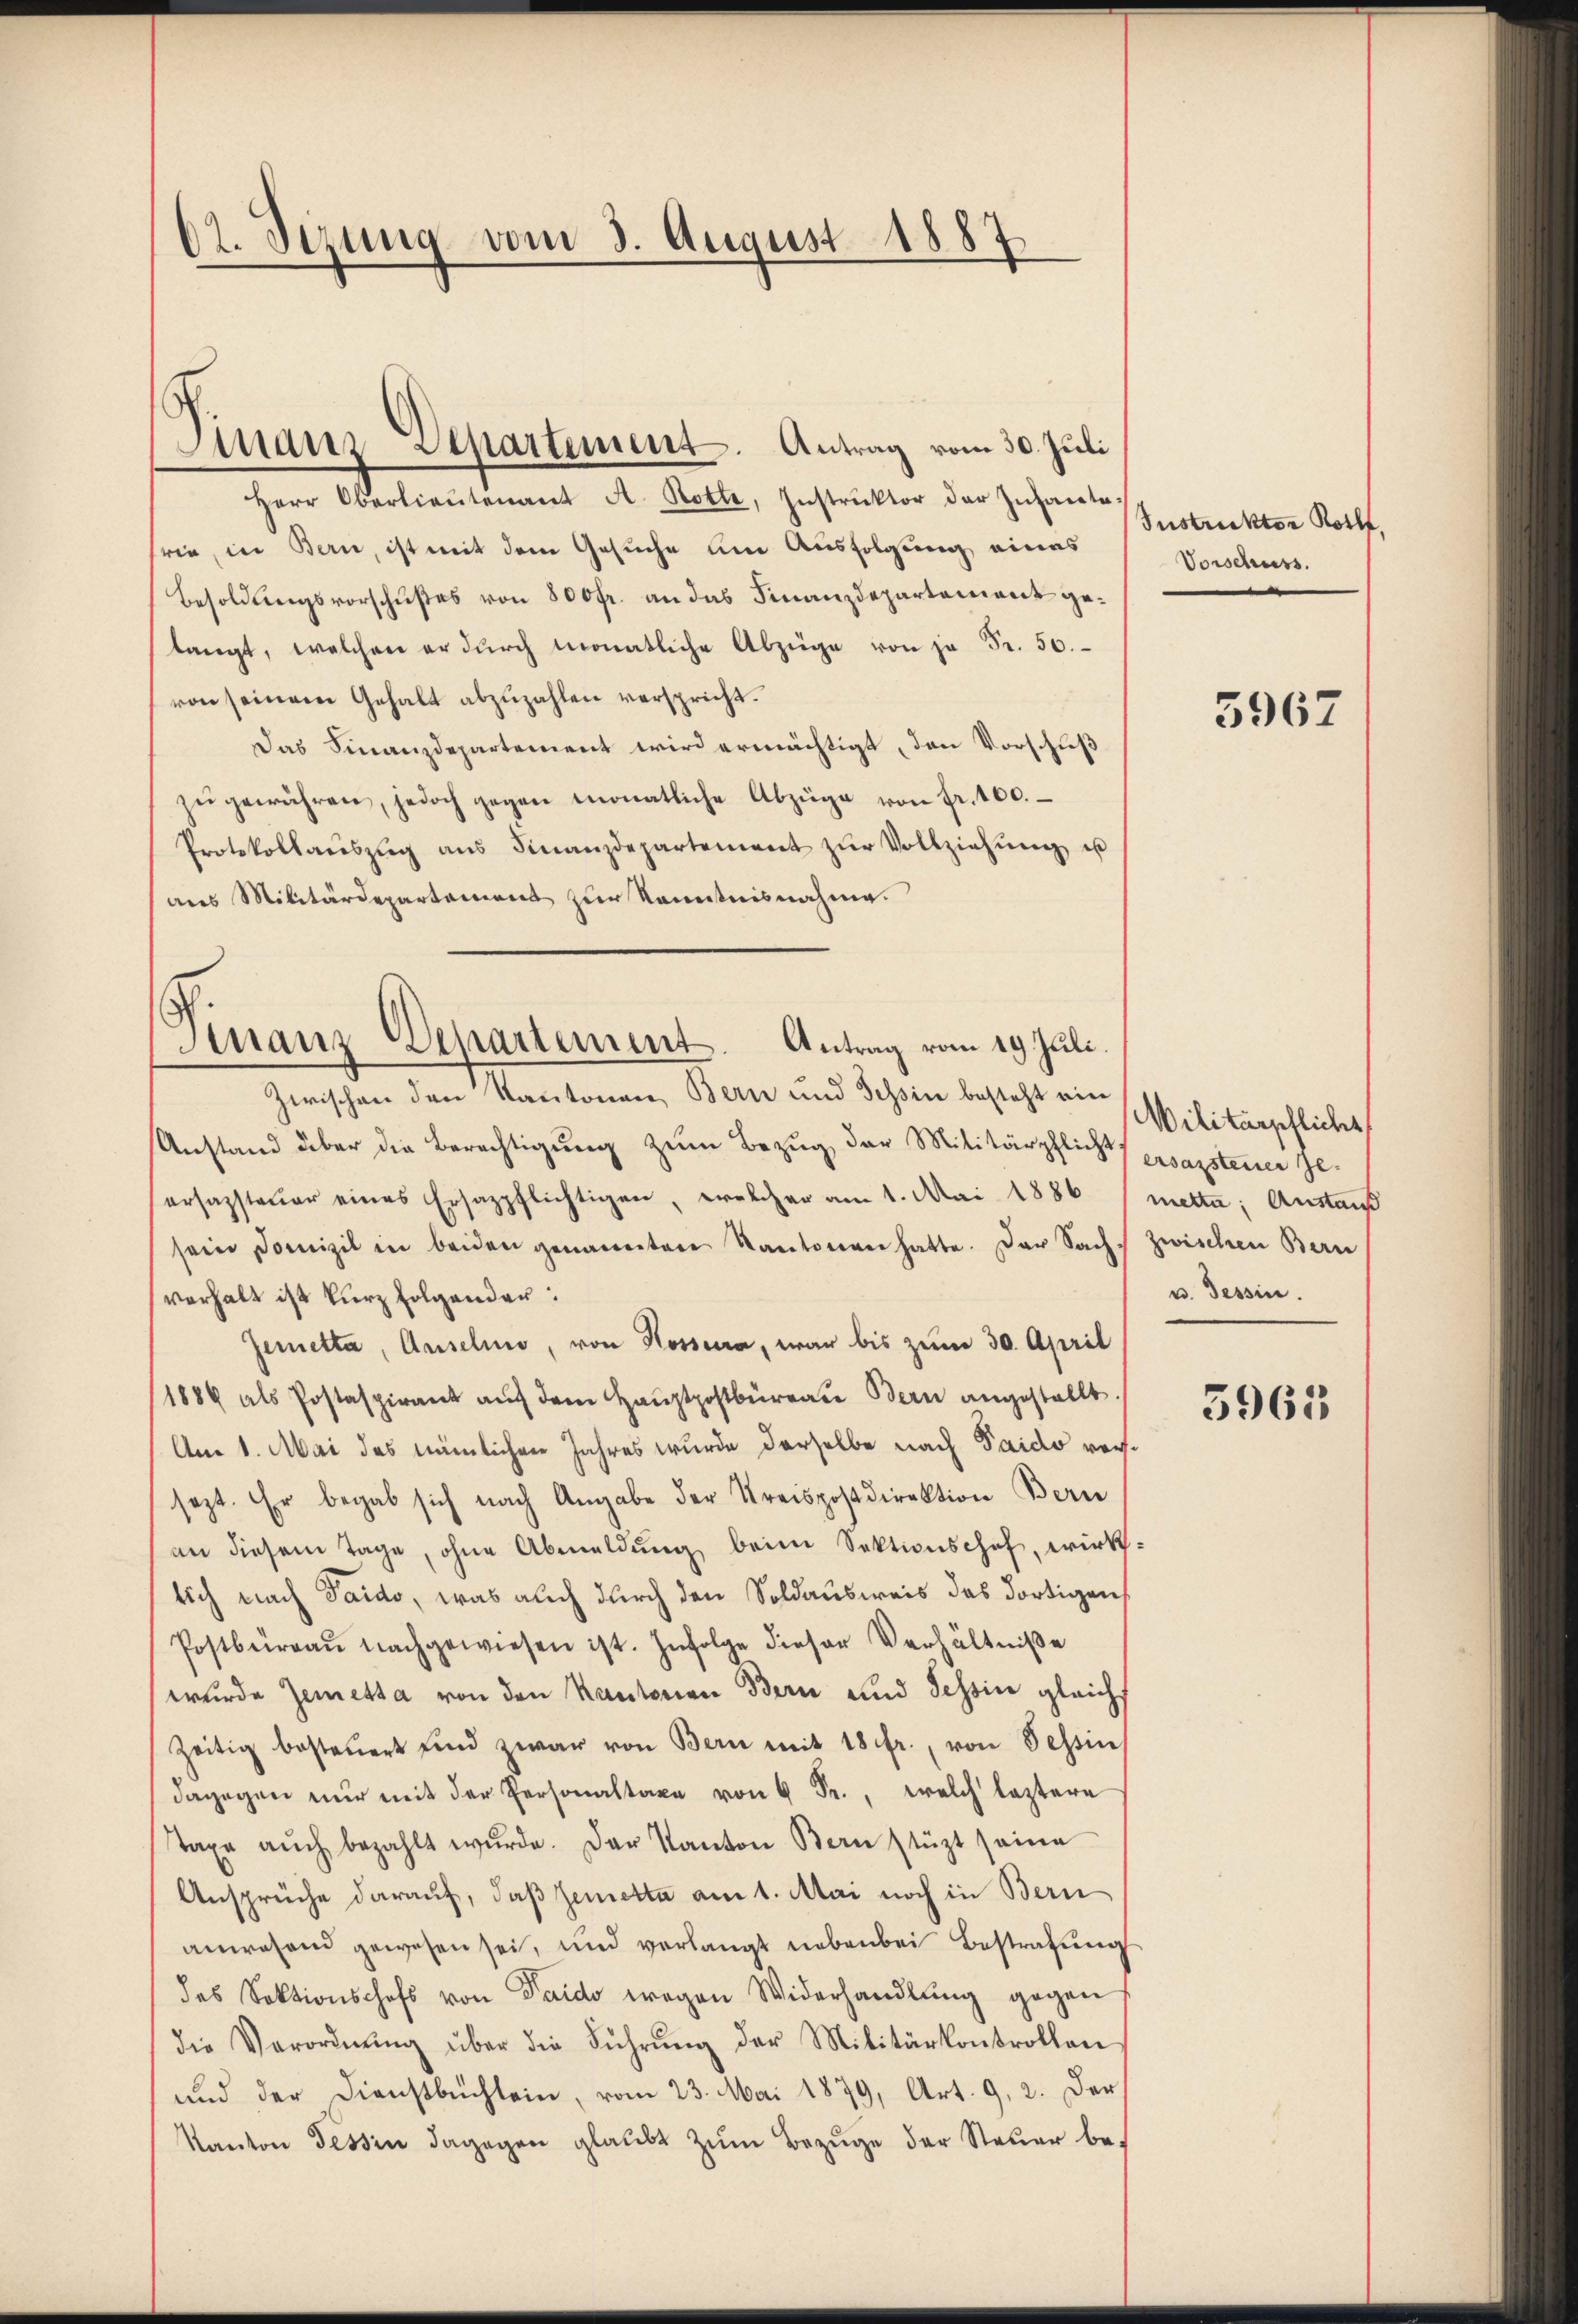
62. Sizung vom 3. August 1887

Finanzdepartement. Antrag vom 30. Juli

Herr Oberlieŭtenant A. Rotte, Instrŭktor der Infante-
rie, in Bern, ist mit dem Gesuche um Ausfolgung eines
Besoldungsvorschußes von 800fr. an das Finanzdepartement gelangt, welchen er dŭrch monatliche Abzüge von Fr. 50.
von seinem Gehalt abzuzahlen verspricht.
Das Finanzdepartement wird ermächtigt, den Vorschuß
zŭgewähren, jedoch gegen monatliche Abzüge von fr. 100.
Protokollaŭszŭg ans Finanzdepartement zŭr Vollziehŭng u
aus Militärdepartement zur Kenntnisnahme.

Finanz-Departement. Antrag vom 19. Juli.
Zwischen den Kantonen, Bern und Tessin besteht ein

Anstand über die Berechtigung zum Bezug der Militärpflicht gesagstener Geersagsteŭer eines Ersazpflichtigen, welcher am 1. Mai 1886 (metta; Austauf
sein Domizil in beiden genannten Kantonen hatte. Der Sache zwischen Bern
verhalt ist kurz folgender:
Jemetta, Auselio, von Rossera, war bis zum 30. April
1884 als Postaspirant aŭf dem Haŭptpostbüreau Bern angestellt.
Am 1. Mai das nämlichen Jahres wurde derselbe nach Taido vorsezt. Er begab sich nach Angabe der Kreispostdirektion Bern
an diesem Tage, ohne Abmeldung beim Sektionschef, wirksich nach Taido, was auch durch den Soldausweis das dortigen
Postbüreaŭ nachgewiesen ist. Infolge dieser Verhältniße
wurde Zemetta von den Kantonen Bern und Tessin gleichs
zeitig besteŭert sind zwar von Bern mit 18 fr., von Tessin
dagegen nŭr mit der Personaltaxe leztere
Taxe aŭch bezahlt wŭrde. Der Kanton Bern stützt seine
Ansprüche darauf, daß Gemetta am 1. Mai noch in Bern
anwesend gewesen sei, und verlangt nebenbei Bestrafung
des Sektionschaft von Taido wegen Widerhandlung gegen
die Verordnŭng über die Führŭng der Militärkontrollen
und der Dienstbüchlein, vom 23. Mai 1879, Art. 9, 2. Der
Kanton Tessin dagegen glaŭbt zŭm Bezŭge der Steŭer be-

Instruktor Rollf,
Vorschuss

5967

Militärpflichs,
u. Tessin.

3963